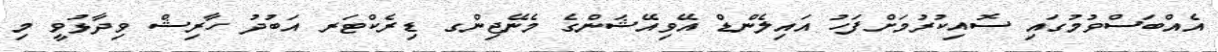
އެއްބަސްވުމުގައި ސޮއިކުރުމަށްފަހު އައިލެންޑް އޭވިއޭޝަންގެ މެނޭޖިންގ ޑިރެކްޓަރ އަބުދު ހާރިޝް ވިދާޅުވީ މި